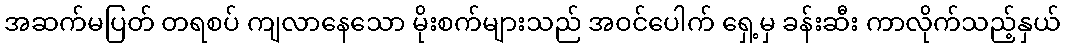
အဆက်မပြတ် တရစပ် ကျလာနေသော မိုးစက်များသည် အဝင်ပေါက် ရှေ့မှ ခန်းဆီး ကာလိုက်သည့်နှယ်